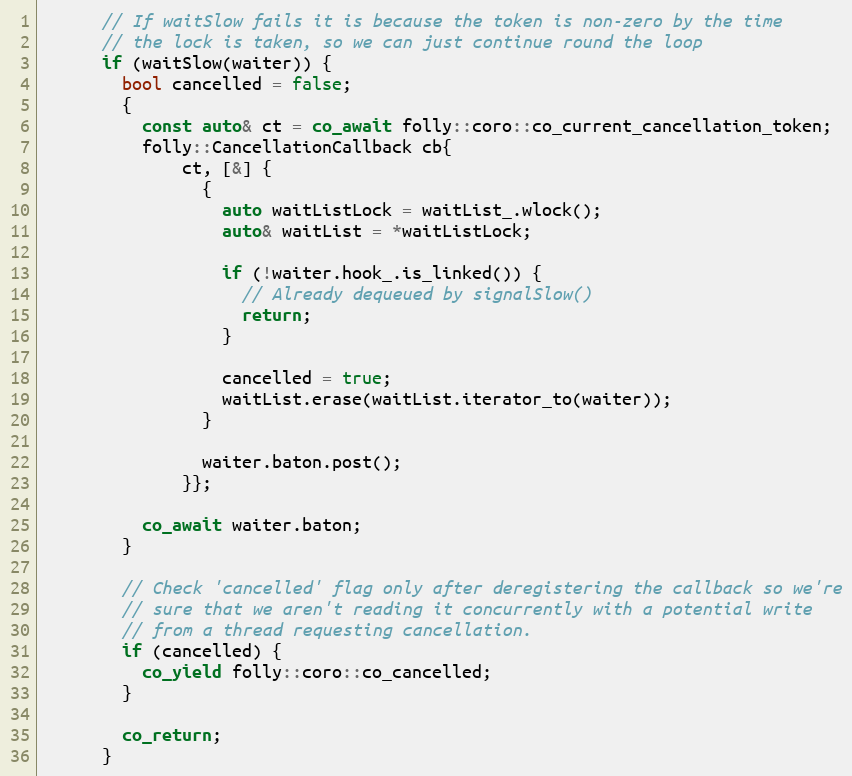
Language: C++
      // If waitSlow fails it is because the token is non-zero by the time
      // the lock is taken, so we can just continue round the loop
      if (waitSlow(waiter)) {
        bool cancelled = false;
        {
          const auto& ct = co_await folly::coro::co_current_cancellation_token;
          folly::CancellationCallback cb{
              ct, [&] {
                {
                  auto waitListLock = waitList_.wlock();
                  auto& waitList = *waitListLock;

                  if (!waiter.hook_.is_linked()) {
                    // Already dequeued by signalSlow()
                    return;
                  }

                  cancelled = true;
                  waitList.erase(waitList.iterator_to(waiter));
                }

                waiter.baton.post();
              }};

          co_await waiter.baton;
        }

        // Check 'cancelled' flag only after deregistering the callback so we're
        // sure that we aren't reading it concurrently with a potential write
        // from a thread requesting cancellation.
        if (cancelled) {
          co_yield folly::coro::co_cancelled;
        }

        co_return;
      }